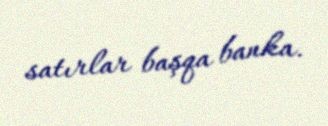
satırlar başqa banka.